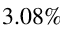
3 . 0 8 \%